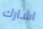
اشارك